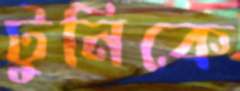
টুনিকে